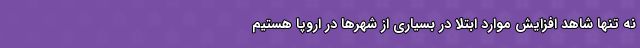
نه تنها شاهد افزایش موارد ابتلا در بسیاری از شهرها در اروپا هستیم